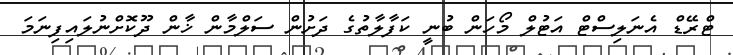
ޓްރޭޑް އެނަލިސްޓް އަޓުލް މޯހަން ބުނީ ކަފާލާތުގެ ދަށުން ސަލްމާން ޚާން ދޫކޮށްނުލައިފިނަމަ